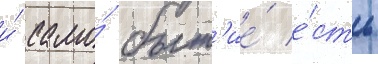
и́ само́ быт'ие́ е́сть